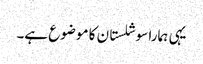
یہی ہمارا سوشلستان کا موضوع ہے۔